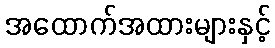
အထောက်အထားများနှင့်